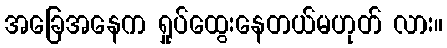
အခြေအနေက ရှုပ်ထွေးနေတယ်မဟုတ် လား။